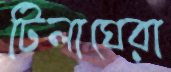
টিলাঘেরা